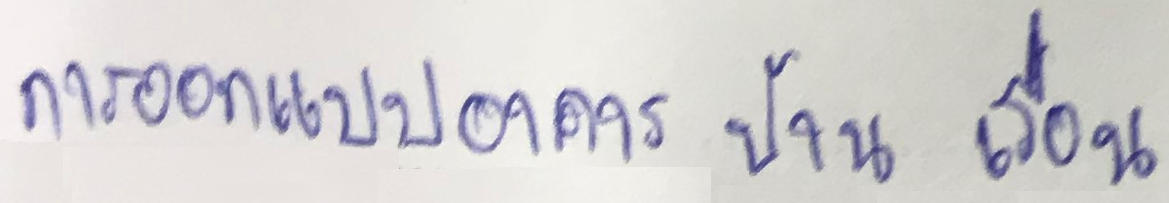
การออกแบบอาคาร บ้าน เรือน